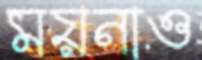
ময়নাও